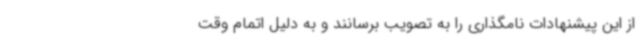
از این پیشنهادات نامگذاری را به تصویب برسانند و به دلیل اتمام وقت